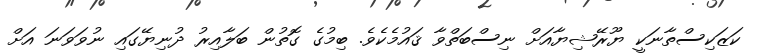
ކަޒަކިސްތާނަކީ ޔޫރޭޝިޔާއަށް ނިސްބަތްވާ ޤައުމެކެވެ. ބިމުގެ ގޮތުން ބަލާއިރު ދުނިޔޭގައި ނުވަވަނަ އަށް